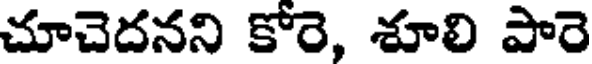
చూచెదనని కోరె, శూలి పారె